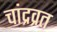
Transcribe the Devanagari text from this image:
चांद्रव्रत